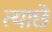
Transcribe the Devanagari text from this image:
त्याछे